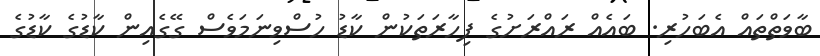
ބާވަތްތައް އެބަހުރި. ބައެއް ރައްރަށުގެ ފިހާރަތަކުން ކާޑު ހުސްވިނަމަވެސް ގޭގެއިން ކާޑުގެ ކާޑުގެ